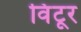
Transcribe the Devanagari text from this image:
विंटूर